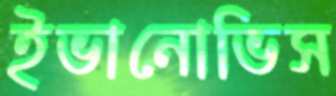
ইভানোভিস